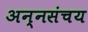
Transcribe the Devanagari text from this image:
अन्नसंचय